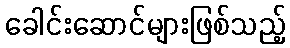
ခေါင်းဆောင်များဖြစ်သည့်